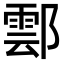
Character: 𨝽